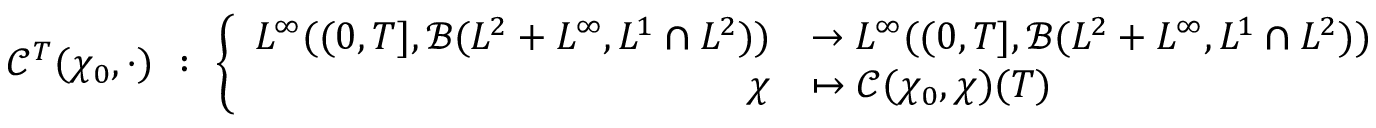
\mathcal { C } ^ { T } ( \chi _ { 0 } , \cdot ) \ : \ \left\lbrace \begin{array} { r l } { L ^ { \infty } ( ( 0 , T ] , \mathcal { B } ( L ^ { 2 } + L ^ { \infty } , L ^ { 1 } \cap L ^ { 2 } ) ) } & { \rightarrow L ^ { \infty } ( ( 0 , T ] , \mathcal { B } ( L ^ { 2 } + L ^ { \infty } , L ^ { 1 } \cap L ^ { 2 } ) ) } \\ { \chi } & { \mapsto \mathcal { C } ( \chi _ { 0 } , \chi ) ( T ) } \end{array} \right.